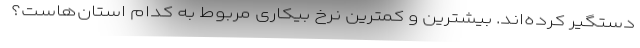
دستگیر کرده‌اند. بیشترین و کمترین نرخ بیکاری مربوط به کدام استان‌هاست؟